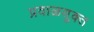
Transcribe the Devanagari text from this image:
प्रवाळयुक्त